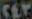
CEY